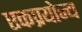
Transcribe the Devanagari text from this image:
एकप्रयोज्य